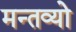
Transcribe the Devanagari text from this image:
मन्तव्यो